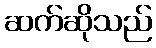
ဆက်ဆိုသည်